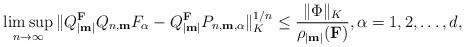
LaTeX: \begin{align*}\limsup_{n \rightarrow \infty} \| Q_{|\textup{\textbf{m}}|}^{\textup{\textbf{F}}} Q_{n,\textup{\textbf{m}}} F_\alpha-Q_{|\textup{\textbf{m}}|}^{\textup{\textbf{F}}} P_{n,\textup{\textbf{m}},\alpha}\|_K^{1/n}\leq \frac{\|\Phi\|_K}{\rho_{|\textup{\textbf{m}}|}(\textup{\textbf{F}})},\alpha=1,2,\ldots,d,\end{align*}